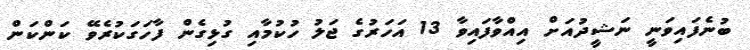
ބުނެފައިވަނީ ނަޝީދުއަށް އިއްވާފައިވާ 13 އަހަރުގެ ޖަލު ހުކުމާއި ގުޅިގެން ފާހަގަކުރެވޭ ކަންކަން